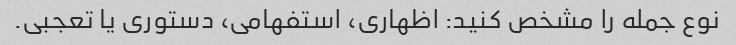
نوع جمله را مشخص کنید: اظهاری، استفهامی، دستوری یا تعجبی.